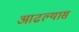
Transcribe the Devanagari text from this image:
आढल्यास